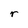
Character: r